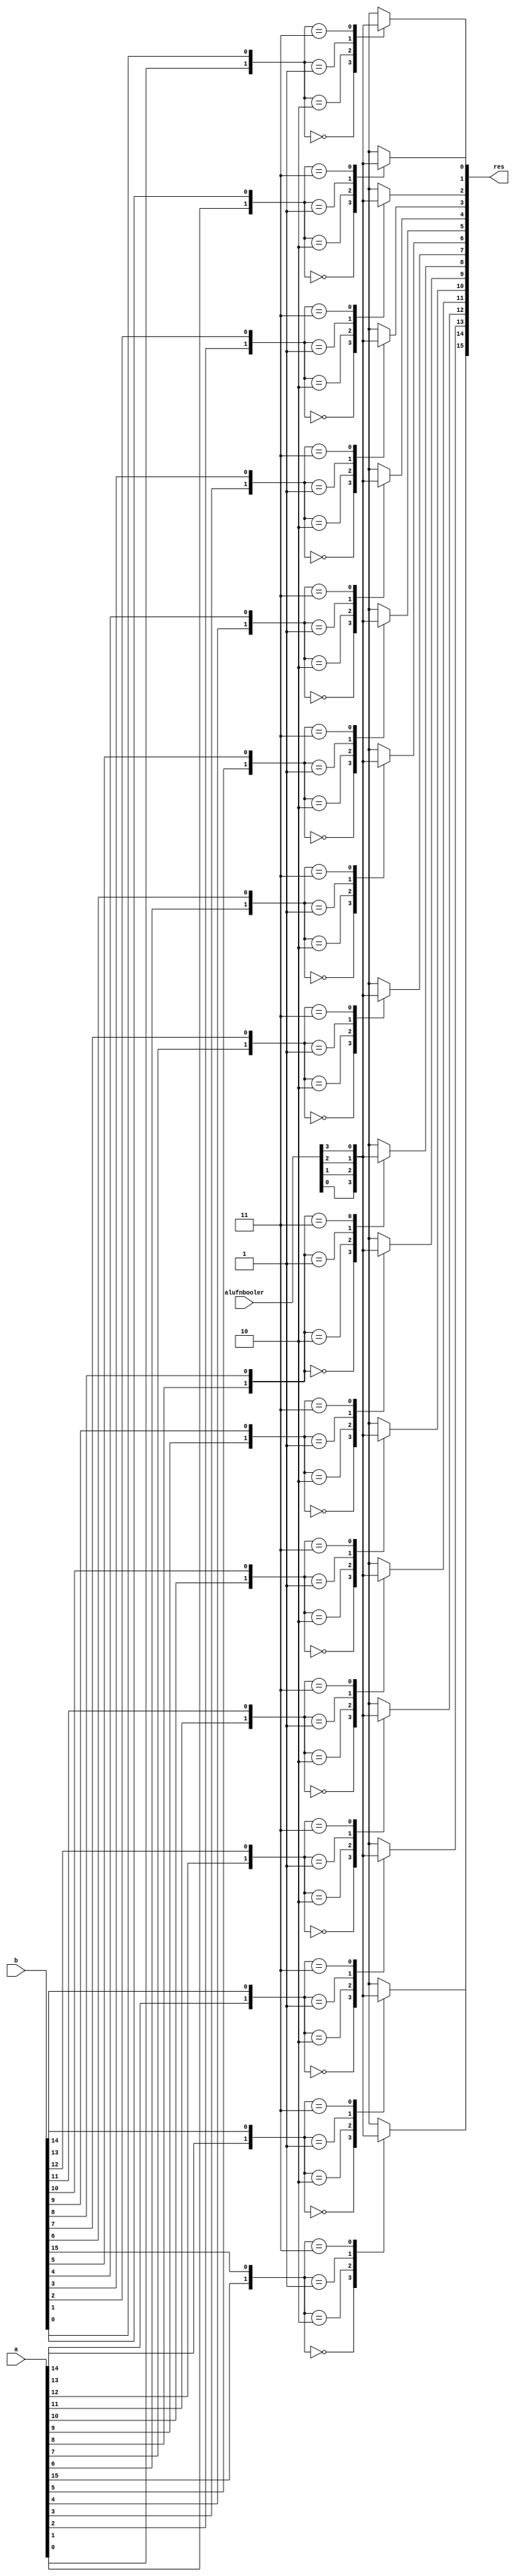
/*
   This file was generated automatically by the Mojo IDE version B1.3.6.
   Do not edit this file directly. Instead edit the original Lucid source.
   This is a temporary file and any changes made to it will be destroyed.
*/

module boolFunction_8 (
    input [15:0] a,
    input [15:0] b,
    input [3:0] alufnbooler,
    output reg [15:0] res
  );
  
  
  
  integer i;
  
  integer input_bits;
  
  always @* begin
    for (i = 1'h0; i < 5'h10; i = i + 1) begin
      input_bits = {a[(i)*1+0-:1], b[(i)*1+0-:1]};
      
      case (input_bits)
        2'h0: begin
          res[(i)*1+0-:1] = alufnbooler[0+0-:1];
        end
        2'h2: begin
          res[(i)*1+0-:1] = alufnbooler[1+0-:1];
        end
        2'h1: begin
          res[(i)*1+0-:1] = alufnbooler[2+0-:1];
        end
        2'h3: begin
          res[(i)*1+0-:1] = alufnbooler[3+0-:1];
        end
        default: begin
          res[(i)*1+0-:1] = 1'h0;
        end
      endcase
    end
  end
endmodule